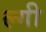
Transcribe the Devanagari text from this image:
ल्गी